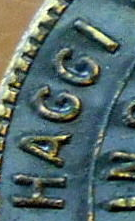
HAGGI